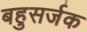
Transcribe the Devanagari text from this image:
बहुसर्जक